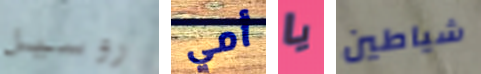
روسيل أمي يا شياطين